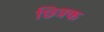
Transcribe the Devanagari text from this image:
छित्रक